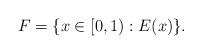
LaTeX: \begin{align*}F=\{x\in[0,1) : E(x)\}.\end{align*}